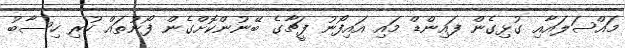
މައްސަލައާއި ގުޅިގެން ފައިންޑް މައި އައިފޯނު ފީޗާގެ ބޭނުންކޮށްގެން ފޯނުތައް ހުރި ހިސާބު